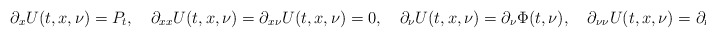
\begin{align*}\partial_xU(t,x,\nu)=P_t,\quad\partial_{xx}U(t,x,\nu)=\partial_{x\nu}U(t,x,\nu)=0,\quad\partial_{\nu}U(t,x,\nu)=\partial_{\nu}\Phi(t,\nu),\quad\partial_{\nu\nu}U(t,x,\nu)=\partial_{\nu\nu}\Phi(t,\nu)\end{align*}